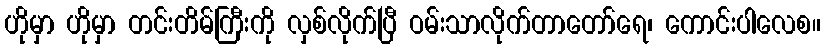
ဟိုမှာ ဟိုမှာ တင်းတိမ်ကြီးကို လှစ်လိုက်ပြီ ဝမ်းသာလိုက်တာတော်ရေ၊ ကောင်းပါလေစ။